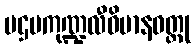
ပဌမကုဏ္ဍလီဝိမာနဝတ္ထု